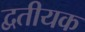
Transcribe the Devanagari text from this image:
द्वतीयक